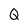
Character: Q